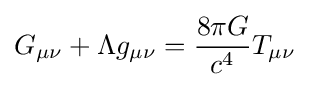
G_{\mu \nu }+\Lambda g_{\mu \nu }={8\pi G \over c^{4}}T_{\mu \nu }